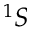
^ { 1 } S